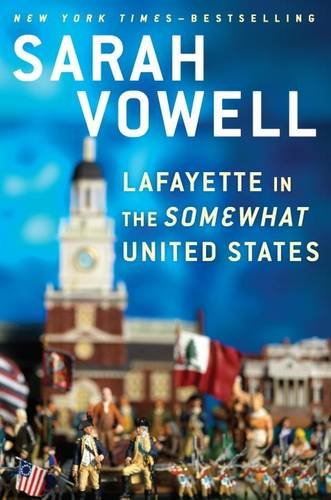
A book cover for Lafayette in the Somewhat United States; Sarah Vowell; Biographies & Memoirs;